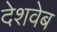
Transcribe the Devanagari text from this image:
देशवेब